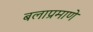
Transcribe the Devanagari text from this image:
बलाप्रमाणे